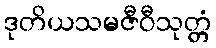
ဒုတိယသမဇီဝီသုတ္တံ